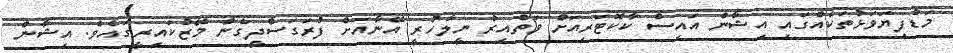
މަޑުފިޔަވަޅުތަކެއްގައި އިޝާން އައިސް ކާކޮޓަރިއަށް ވަތްއިރު ނީލާހުރީ އޭނާއަށް ފުރަގަސްދީގެން މޭޒުކައިރީގައެވެ. އިޝާން